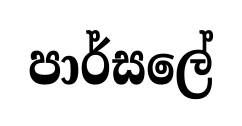
පාර්සලේ